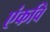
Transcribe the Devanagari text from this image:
एंकवि